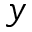
y